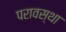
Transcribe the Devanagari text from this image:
परावस्था